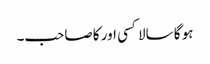
ہو گا سالا کسی اور کا صاحب۔